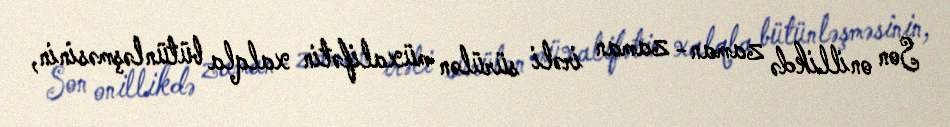
Son onillikdə zaman- zaman irəli sürülən müxalifətin xalqla bütünləşməsinin,